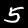
Label: 5